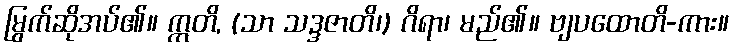
မြွက်ဆိုအပ်၏။ ဣတိ, (သာ သဒ္ဒဇာတိ၊) ဂိရာ၊ မည်၏။ ဗျပထောတိ-ကား။